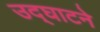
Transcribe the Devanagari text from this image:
उद्‌घाटने